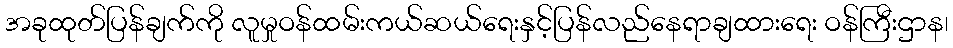
အခုထုတ်ပြန်ချက်ကို လူမှုဝန်ထမ်းကယ်ဆယ်ရေးနှင့်ပြန်လည်နေရာချထားရေး ဝန်ကြီးဌာန၊